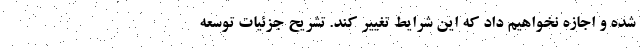
شده و اجازه نخواهیم داد که این شرایط تغییر کند. تشریح جزئیات توسعه